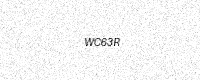
Text: WC63R